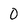
Character: 0